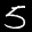
Label: 5